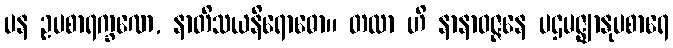
ပန ဥပစာရက္ခဏေ, နာတိသယနိရောဓော။ တထာ ဟိ နာနာဝဇ္ဇနေ ပဌမဇ္ဈာနုပစာရေ